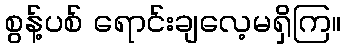
စွန့်ပစ် ရောင်းချလေ့မရှိကြ။